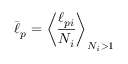
\bar { \ell } _ { p } = \left\langle \frac { \ell _ { p i } } { N _ { i } } \right\rangle _ { N _ { i } > 1 }